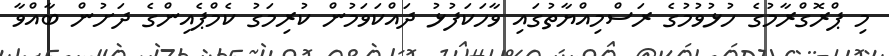
މި ޕްރޮގްރާމުގެ ހުޅުވުމުގެ ރަސްމިއްޔާތުގައި ވާހަކަފުޅު ދައްކަވަމުން ކުރިމަގު ކެމްޕެއިންގެ ދަށުން ބާއްވާ